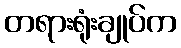
တရားရုံးချုပ်က